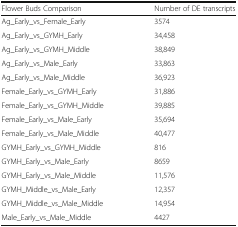
<table><thead><tr><td><b>Flower Buds Comparison</b></td><td><b>Number of DE transcripts</b></td></tr></thead><tbody><tr><td>Ag_Early_vs_Female_Early</td><td>3574</td></tr><tr><td>Ag_Early_vs_GYMH_Early</td><td>34,458</td></tr><tr><td>Ag_Early_vs_GYMH_Middle</td><td>38,849</td></tr><tr><td>Ag_Early_vs_Male_Early</td><td>33,863</td></tr><tr><td>Ag_Early_vs_Male_Middle</td><td>36,923</td></tr><tr><td>Female_Early_vs_GYMH_Early</td><td>31,886</td></tr><tr><td>Female_Early_vs_GYMH_Middle</td><td>39,885</td></tr><tr><td>Female_Early_vs_Male_Early</td><td>35,694</td></tr><tr><td>Female_Early_vs_Male_Middle</td><td>40,477</td></tr><tr><td>GYMH_Early_vs_GYMH_Middle</td><td>816</td></tr><tr><td>GYMH_Early_vs_Male_Early</td><td>8659</td></tr><tr><td>GYMH_Early_vs_Male_Middle</td><td>11,576</td></tr><tr><td>GYMH_Middle_vs_Male_Early</td><td>12,357</td></tr><tr><td>GYMH_Middle_vs_Male_Middle</td><td>14,954</td></tr><tr><td>Male_Early_vs_Male_Middle</td><td>4427</td></tr></tbody></table>